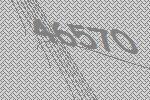
46570